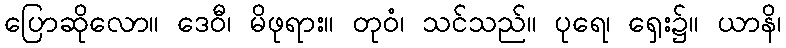
ပြောဆိုလော။ ဒေဝီ၊ မိဖုရား။ တုဝံ၊ သင်သည်။ ပုရေ၊ ရှေး၌။ ယာနိ၊